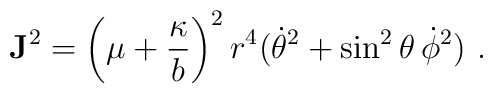
{\bf J}^2 = \left(\mu + {\kappa \over b}\right)^2 r^4       (\dot\theta^2 + \sin^2 \theta\, \dot\phi^2) \, \,.